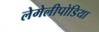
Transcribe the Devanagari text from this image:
लेमेलीपोडिया